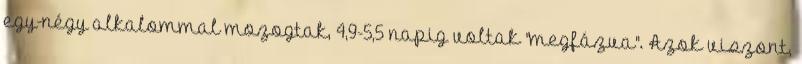
egy-négy alkalommal mozogtak, 4,9-5,5 napig voltak "megfázva". Azok viszont,